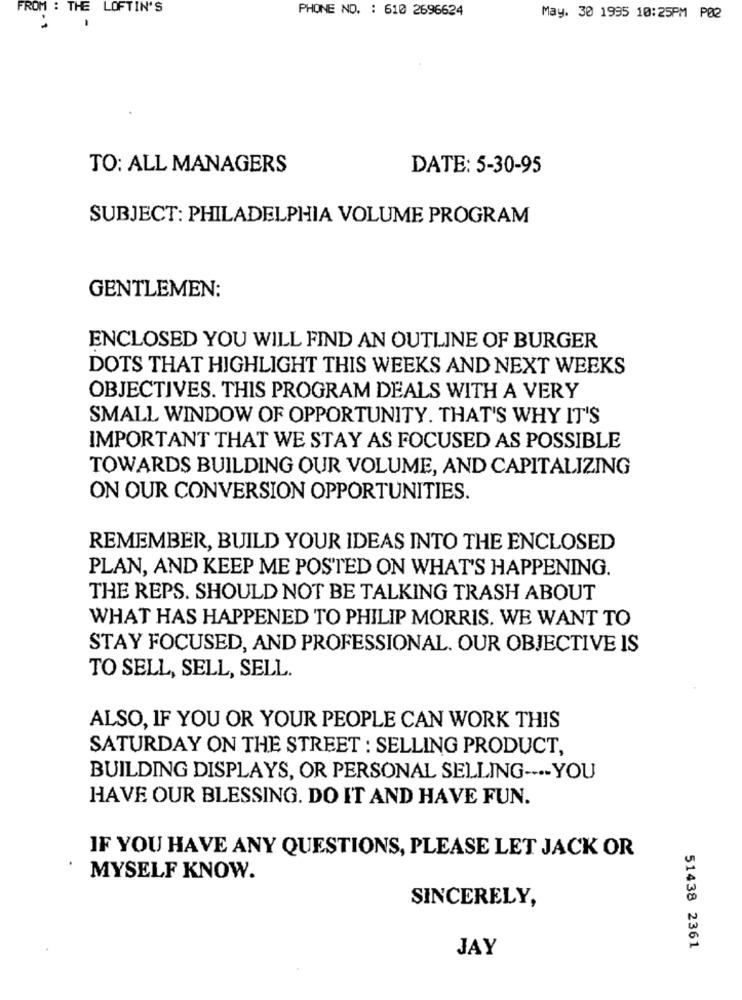
FROM : THE LOFTIN'S
PHONE NO. : 610 2696624
May. 30 1995 10:25PM PØ2
-
TO: ALL MANAGERS
DATE: 5-30-95
SUBJECT: PHILADELPHIA VOLUME PROGRAM
GENTLEMEN:
ENCLOSED YOU WILL FIND AN OUTLINE OF BURGER
DOTS THAT HIGHLIGHT THIS WEEKS AND NEXT WEEKS
OBJECTIVES. THIS PROGRAM DEALS WITH A VERY
SMALL WINDOW OF OPPORTUNITY. THAT'S WHY IT'S
IMPORTANT THAT WE STAY AS FOCUSED AS POSSIBLE
TOWARDS BUILDING OUR VOLUME, AND CAPITALIZING
ON OUR CONVERSION OPPORTUNITIES.
REMEMBER, BUILD YOUR IDEAS INTO THE ENCLOSED
PLAN, AND KEEP ME POSTED ON WHAT'S HAPPENING.
THE REPS. SHOULD NOT BE TALKING TRASH ABOUT
WHAT HAS HAPPENED TO PHILIP MORRIS. WE WANT TO
STAY FOCUSED, AND PROFESSIONAL. OUR OBJECTIVE IS
TO SELL, SELL, SELL.
ALSO, IF YOU OR YOUR PEOPLE CAN WORK THIS
SATURDAY ON THE STREET : SELLING PRODUCT,
BUILDING DISPLAYS, OR PERSONAL SELLING ---- YOU
HAVE OUR BLESSING. DO IT AND HAVE FUN.
IF YOU HAVE ANY QUESTIONS, PLEASE LET JACK OR
MYSELF KNOW.
SINCERELY,
JAY
51438 2361